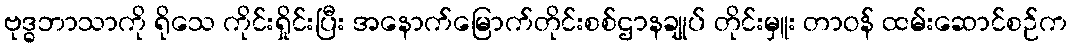
ဗုဒ္ဓဘာသာကို ရိုသေ ကိုင်းရှိုင်းပြီး အနောက်မြောက်တိုင်းစစ်ဌာနချုပ် တိုင်းမှူး တာဝန် ထမ်းဆောင်စဉ်က